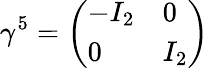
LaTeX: \gamma^{5}={\left(\begin{array}{ll}{-I_{2}}&{0}\\ {0}&{I_{2}}\end{array}\right)}